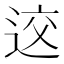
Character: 䢒